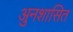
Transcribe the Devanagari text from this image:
अुनशासित